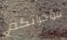
مؤخراتكم